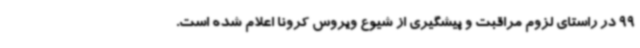
99 در راستای لزوم مراقبت و پیشگیری از شیوع ویروس کرونا اعلام شده است.